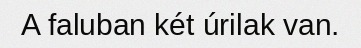
A faluban két úrilak van.